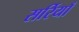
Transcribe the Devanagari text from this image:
सर्रियाँ